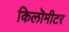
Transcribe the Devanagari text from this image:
किलॊमीटर